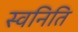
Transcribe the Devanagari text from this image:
स्वनिति